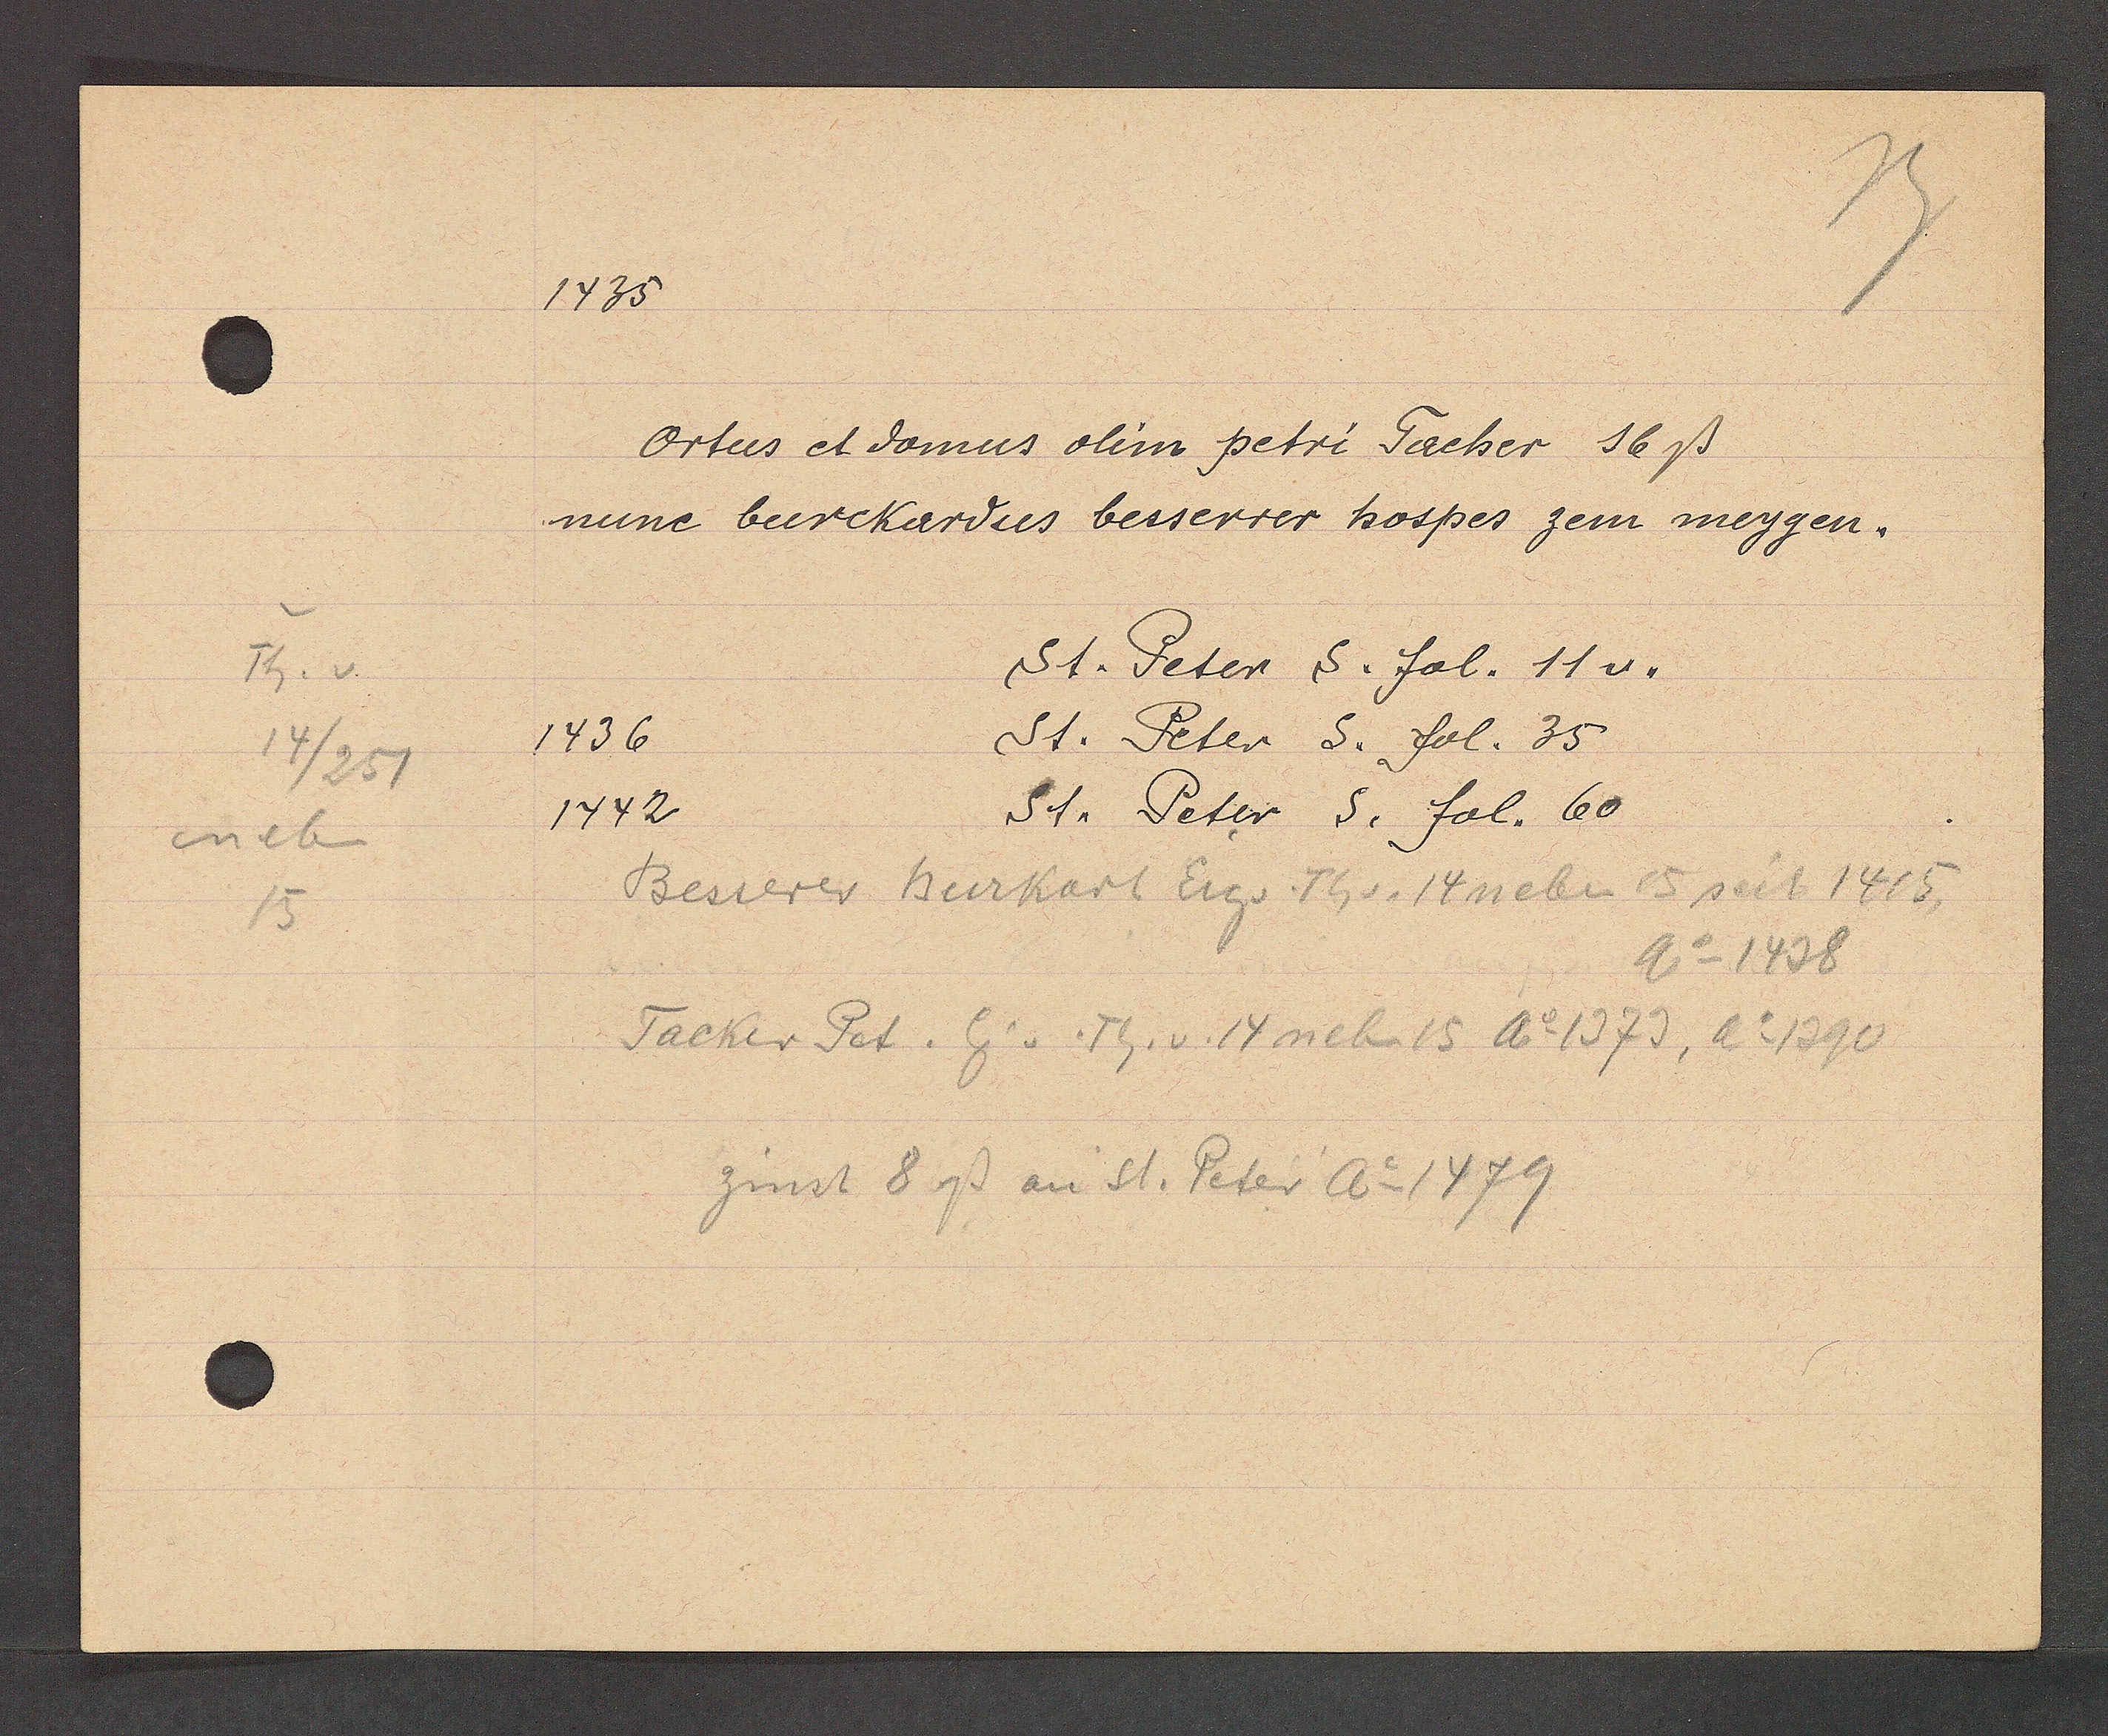
Transcript:
Th. v
14/251
neb
15

1435

Ortus et domus olim petri Tacher 16ß.
nunc burckardus besserrer hospes zem meygen.
St. Peter S. fol. 11 v.
St. Peter S. fol. 35
St. Peter S. fol. 60

Besserer Burkart Eig. Th v. 14 neben 15 seit 1415
Ao 1438
Tacker Pet. Ei. v. Th. v. 14 neben 15 Ao 1373, Ao 1390
zinst 8 ß an St. Peter Ao 1479